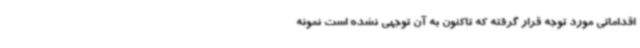
اقداماتی مورد توجه قرار گرفته که تاکنون به آن توجهی نشده است نمونه